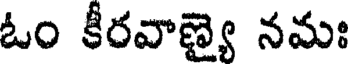
ఓం కీరవాణ్యై నమః